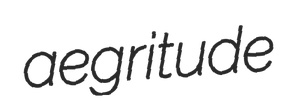
aegritude